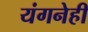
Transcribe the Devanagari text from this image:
यंगनेही